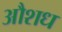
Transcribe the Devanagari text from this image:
औशध